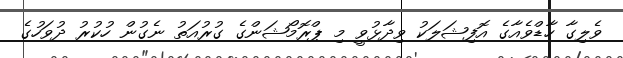
ވެލިގާ ހާޑްވެއާގެ އޮފިޝަލަކު ވިދާޅުވީ މި ޕްރޮމޯޝަންގެ ގުރުއަތު ނެގުން ހުކުރު ދުވަހުގެ